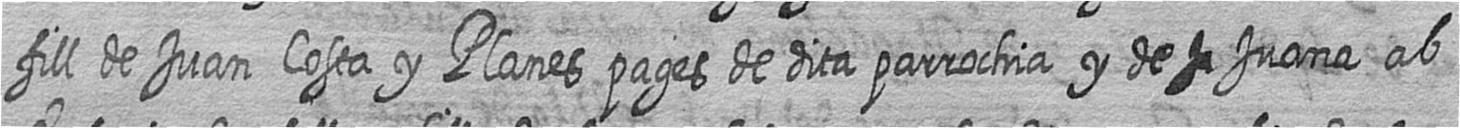
fill de Juan Costa y Planes pages de dita parrochia y de # Juana ab